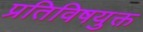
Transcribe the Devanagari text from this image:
प्रतिविषयुक्त